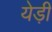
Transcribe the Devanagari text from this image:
येड़ी